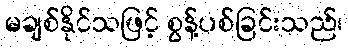
မချစ်နိုင်သဖြင့် စွန့်ပစ်ခြင်းသည်၊